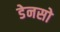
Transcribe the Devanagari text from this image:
डेनसो